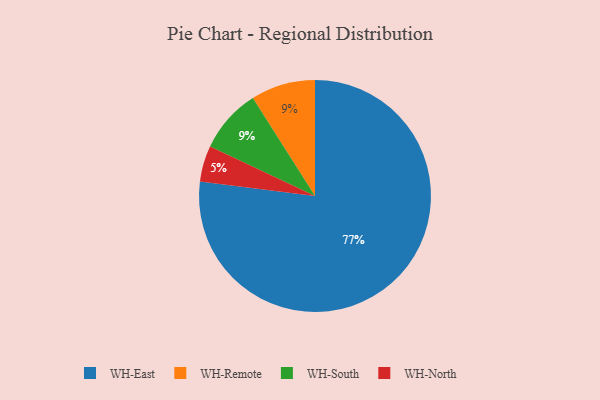
{"axis": {"x": "Category", "y": "Percentage"}, "legend": ["WH-East", "WH-North", "WH-Remote", "WH-South"], "data": [{"x": "WH-Remote", "y": 9, "type": "WH-Remote"}, {"x": "WH-East", "y": 77, "type": "WH-East"}, {"x": "WH-North", "y": 5, "type": "WH-North"}, {"x": "WH-South", "y": 9, "type": "WH-South"}]}